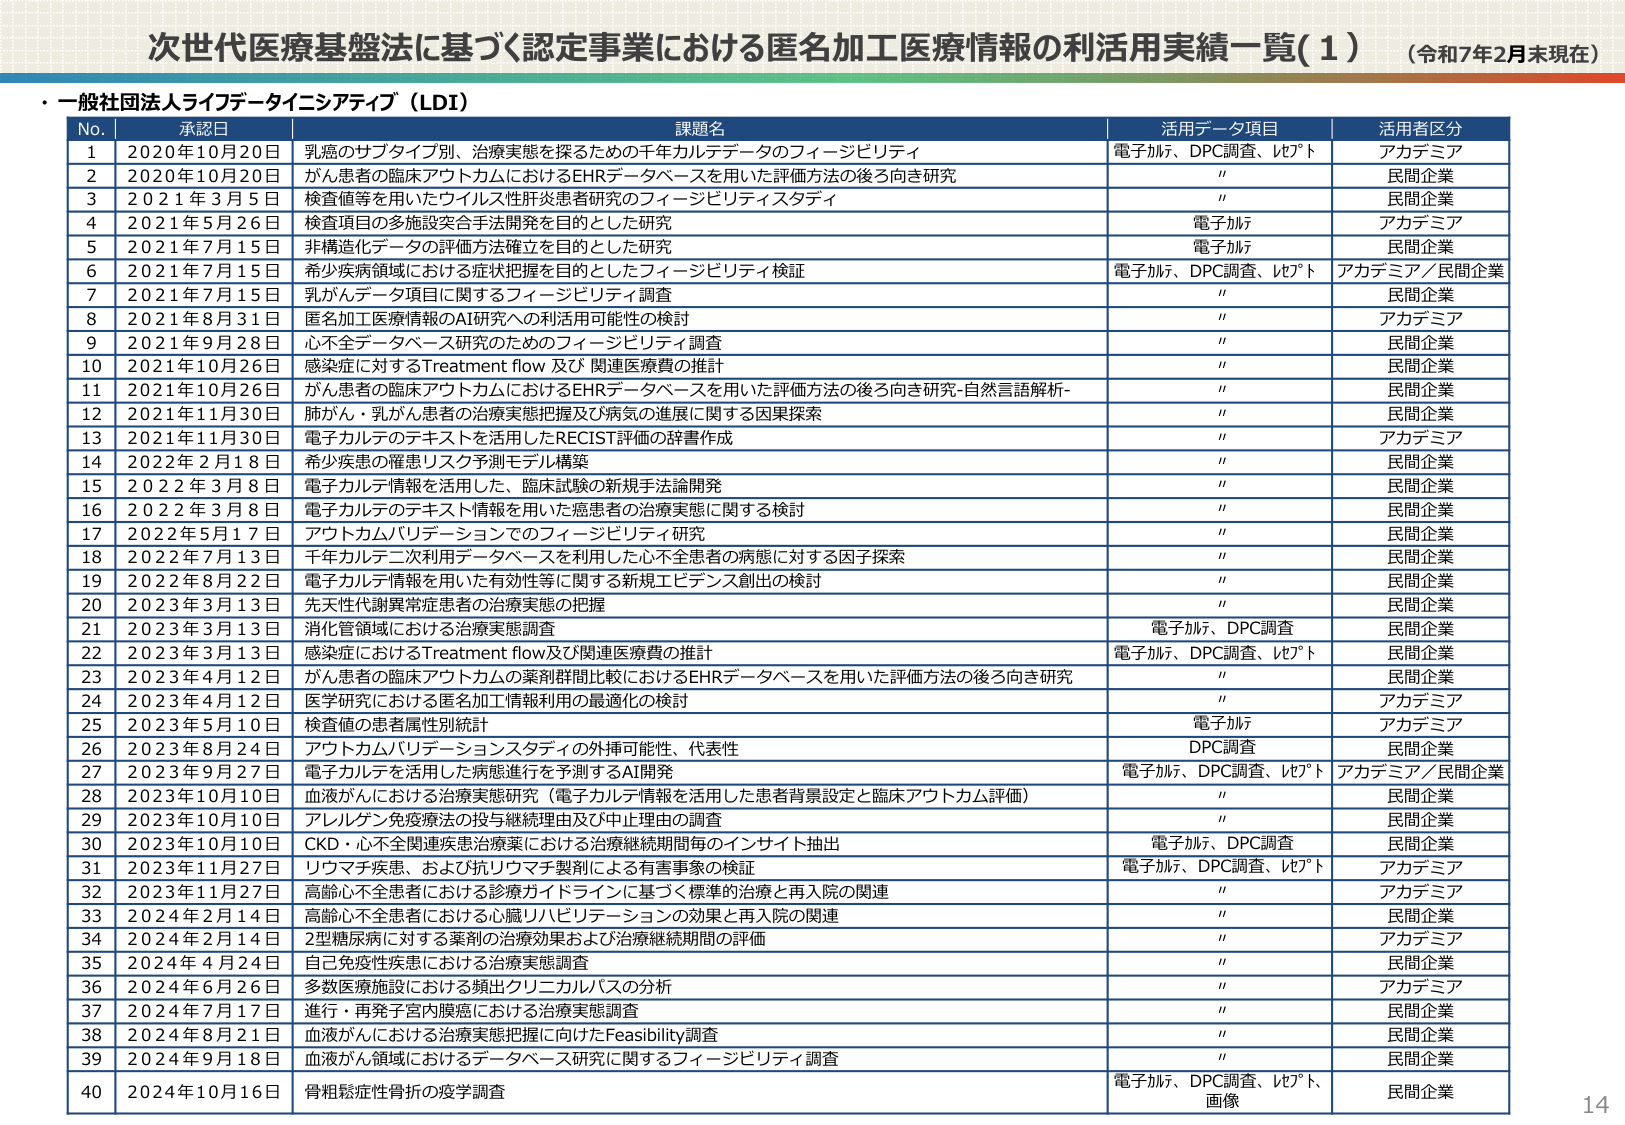
次世代医療基盤法に基づく認定事業における匿名加工医療情報の利活用実績一覧（1）（令和7年2月末現在）

・一般社団法人ライフデータイニシアティブ（LDI）

No. 承認日 課題名 活用データ項目 活用者区分
1 2020年10月20日 乳癌のサブタイプ別、治療実態を探るための千年カルテデータのフィージビリティ 電子カルテ、DPC調査、レセプト アカデミア
2 2020年10月20日 がん患者の臨床アウトカムにおけるEHRデータベースを用いた評価方法の後ろ向き研究 " 民間企業
3 2021年3月5日 検査値等を用いたワイルス性肝炎患者研究のフィージビリティスタディ " 民間企業
4 2021年5月26日 検査項目の多施設突合手法開発を目的とした研究 電子カルテ アカデミア
5 2021年7月15日 非構造化データの評価方法確立を目的とした研究 電子カルテ 民間企業
6 2021年7月15日 希少疾患領域における症状把握を目的としたフィージビリティ検証 電子カルテ、DPC調査、レセプト アカデミア／民間企業
7 2021年7月15日 乳がんデータ項目に関するフィージビリティ調査 " 民間企業
8 2021年8月31日 匿名加工医療情報のAI研究への利活用可能性の検討 " アカデミア
9 2021年9月28日 心不全データベース研究のためのフィージビリティ調査 " 民間企業
10 2021年10月26日 感染症に対するTreatment flow及び関連医療費の推計 " 民間企業
11 2021年10月26日 がん患者の臨床アウトカムにおけるEHRデータベースを用いた評価方法の後ろ向き研究-自然言語解析- " 民間企業
12 2021年11月30日 肺がん・乳がん患者の治療実態把握及び病気の進展に関する因果探索 " 民間企業
13 2021年11月30日 電子カルテのテキストを活用したRECIST評価の辞書作成 " アカデミア
14 2022年2月18日 希少疾患の罹患リスク予測モデル構築 " 民間企業
15 2022年3月8日 電子カルテ情報を活用した、臨床試験の新規手法論開発 " 民間企業
16 2022年3月8日 電子カルテのテキスト情報を用いた癌患者の治療実態に関する検討 " 民間企業
17 2022年5月17日 アウトカムバリデーションでのフィージビリティ研究 " 民間企業
18 2022年7月13日 千年カルテ二次利用データベースを利用した心不全患者の病態に対する因子探索 " 民間企業
19 2022年8月22日 電子カルテ情報を用いた有効性等に関する新規エビデンス創出の検討 " 民間企業
20 2023年3月13日 先天性代謝異常症患者の治療実態の把握 " 民間企業
21 2023年3月13日 消化管領域における治療実態調査 電子カルテ、DPC調査 民間企業
22 2023年3月13日 感染症におけるTreatment flow及び関連医療費の推計 電子カルテ、DPC調査、レセプト 民間企業
23 2023年4月12日 がん患者の臨床アウトカムの薬剤群間比較におけるEHRデータベースを用いた評価方法の後ろ向き研究 " 民間企業
24 2023年4月12日 医学研究における匿名加工情報利用の最適化の検討 " アカデミア
25 2023年5月10日 検査値の患者属性別統計 電子カルテ アカデミア
26 2023年8月24日 アウトカムバリデーションスタディの外挿可能性、代表性 DPC調査 民間企業
27 2023年9月27日 電子カルテを活用した病態進行を予測するAI開発 電子カルテ、DPC調査、レセプト アカデミア／民間企業
28 2023年10月10日 血液がんにおける治療実態研究（電子カルテ情報を活用した患者背景設定と臨床アウトカム評価） " 民間企業
29 2023年10月10日 アレルゲン免疫療法の投与継続理由及び中止理由の調査 " 民間企業
30 2023年10月10日 CKD・心不全関連疾患治療薬における治療継続期間毎のインサイト抽出 電子カルテ、DPC調査 民間企業
31 2023年11月27日 リウマチ疾患、および抗リウマチ製剤による有害事象の検証 電子カルテ、DPC調査、レセプト アカデミア
32 2023年11月27日 高齢心不全患者における診療ガイドラインに基づく標準的治療と再入院の関連 " アカデミア
33 2024年2月14日 高齢心不全患者における心臓リハビリテーションの効果と再入院の関連 " 民間企業
34 2024年2月14日 2型糖尿病に対する薬剤の治療効果および治療継続期間の評価 " アカデミア
35 2024年4月24日 自己免疫性疾患における治療実態調査 " 民間企業
36 2024年6月26日 多数医療施設における頻出クリニカルパスの分析 " アカデミア
37 2024年7月17日 進行・再発子宮内膜癌における治療実態調査 " 民間企業
38 2024年8月21日 血液がんにおける治療実態把握に向けたFeasibility調査 " 民間企業
39 2024年9月18日 血液がん領域におけるデータベース研究に関するフィージビリティ調査 " 民間企業
40 2024年10月16日 骨粗鬆症性骨折の疫学調査 電子カルテ、DPC調査、レセプト、画像 民間企業

14